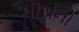
નીચનો